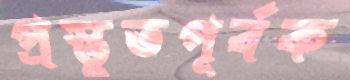
প্রস্তুতপূর্বক